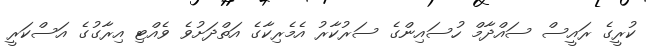
ކުރީގެ ރައީސް ސައްދާމް ހުސައިންގެ ސަރުކާރު އެމެރިކާގެ އަތްދަށުވެ ވެއްޓި އިރާގުގެ އަސްކަރީ